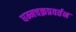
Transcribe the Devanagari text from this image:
धम्मचक्रप्रवर्तन